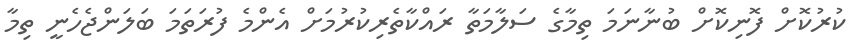
ކުރުކޮށް ފޮނިކޮށް ބުނާނަމަ ތިމާގެ ސަލާމަތާ ރައްކާތެރިކުރުމަށް އެންމެ ފުރަތަމަ ބަލަންޖެހެނީ ތިމާ